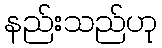
နည်းသည်ဟု